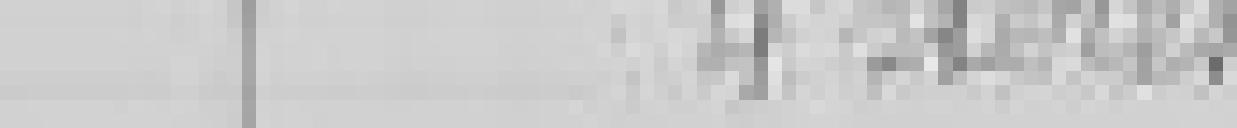
4 stères